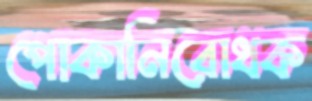
পোকানিরোধক